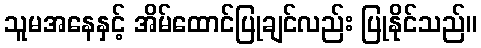
သူမအနေနှင့် အိမ်ထောင်ပြုချင်လည်း ပြုနိုင်သည်။